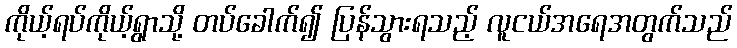
ကိုယ့်ရပ်ကိုယ့်ရွာသို့ တပ်ခေါက်၍ ပြန်သွားရသည့် လူငယ်အရေအတွက်သည်